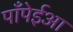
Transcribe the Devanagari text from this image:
पाँपेईआ